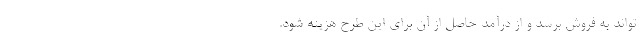
‌تواند به فروش برسد و از درآمد حاصل از آن برای این طرح هزینه شود.